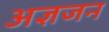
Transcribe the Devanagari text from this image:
अज्ञजन